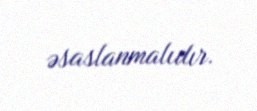
əsaslanmalıdır.